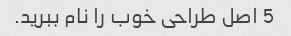
5 اصل طراحی خوب را نام ببرید.